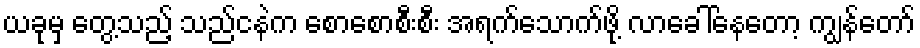
ယခုမှ တွေ့သည့် သည်ငနဲက စောစောစီးစီး အရက်သောက်ဖို့ လာခေါ်နေတော့ ကျွန်တော်